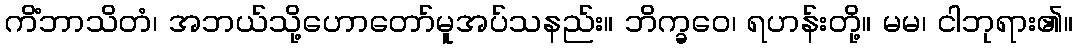
ကိံဘာသိတံ၊ အဘယ်သို့ဟောတော်မူအပ်သနည်း။ ဘိက္ခဝေ၊ ရဟန်းတို့။ မမ၊ ငါဘုရား၏။